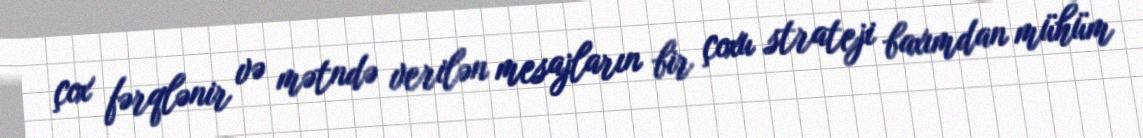
çox fərqlənir və mətndə verilən mesajların bir çoxu strateji baxımdan mühüm